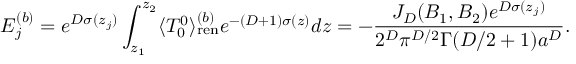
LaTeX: E _ { j } ^ { ( b ) } = e ^ { D \sigma ( z _ { j } ) } \int _ { z _ { 1 } } ^ { z _ { 2 } } \langle T _ { 0 } ^ { 0 } \rangle _ { { \mathrm { r e n } } } ^ { ( b ) } e ^ { - ( D + 1 ) \sigma ( z ) } d z = - \frac { J _ { D } ( B _ { 1 } , B _ { 2 } ) e ^ { D \sigma ( z _ { j } ) } } { 2 ^ { D } \pi ^ { D / 2 } \Gamma ( D / 2 + 1 ) a ^ { D } } .